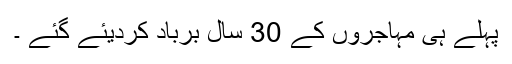
پہلے ہی مہاجروں کے 30 سال برباد کردیئے گئے ۔